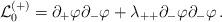
LaTeX: \begin{align*}{\cal L}_0^{(+)} = \partial_+\varphi\partial_-\varphi+ \lambda_{++} \partial_-\varphi\partial_-\varphi\,.\end{align*}